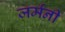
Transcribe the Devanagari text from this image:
जर्मंनी